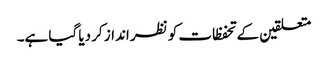
متعلقین کے تحفظات کو نظر انداز کر دیا گیا ہے۔